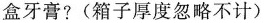
盒牙膏?(箱子厚度忽略不计)